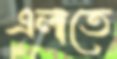
এলাতে